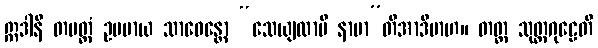
ဣဒါနိ တမတ္ထံ ဥပမာယ သာဓေန္တော “သေယျထာပိ နာမာ”တိအာဒိမာဟ။ တတ္ထ သုတ္တဂုဠေတိ